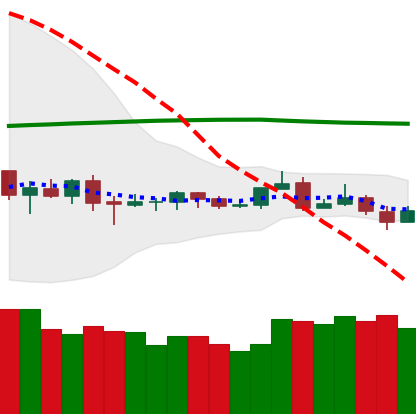
Ticker: ETC-USD
Chart end date: 2019-08-11
Forward return: -4.801%
Label: down_3_5